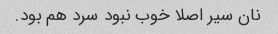
نان سیر اصلا خوب نبود سرد هم بود.